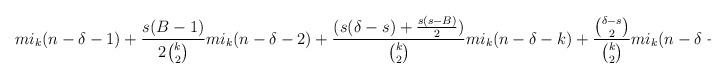
LaTeX: \begin{align*}mi_k(n-\delta-1)+\frac{s(B-1)}{2\binom{k}{2}}mi_k(n-\delta-2)+\frac{(s(\delta-s)+\frac{s(s-B)}{2})}{\binom{k}{2}}mi_k(n-\delta-k)+\frac{\binom{\delta-s}{2}}{\binom{k}{2}}mi_k(n-\delta-B).\end{align*}